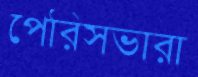
পেরিসভারা